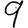
Digit: 9